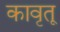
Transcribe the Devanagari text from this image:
कावृतू